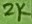
Text: 2K